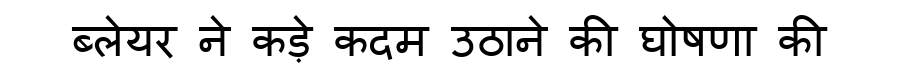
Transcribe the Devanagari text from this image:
ब्लेयर ने कड़े कदम उठाने की घोषणा की